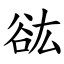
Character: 谹